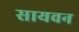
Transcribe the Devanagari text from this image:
सायवन